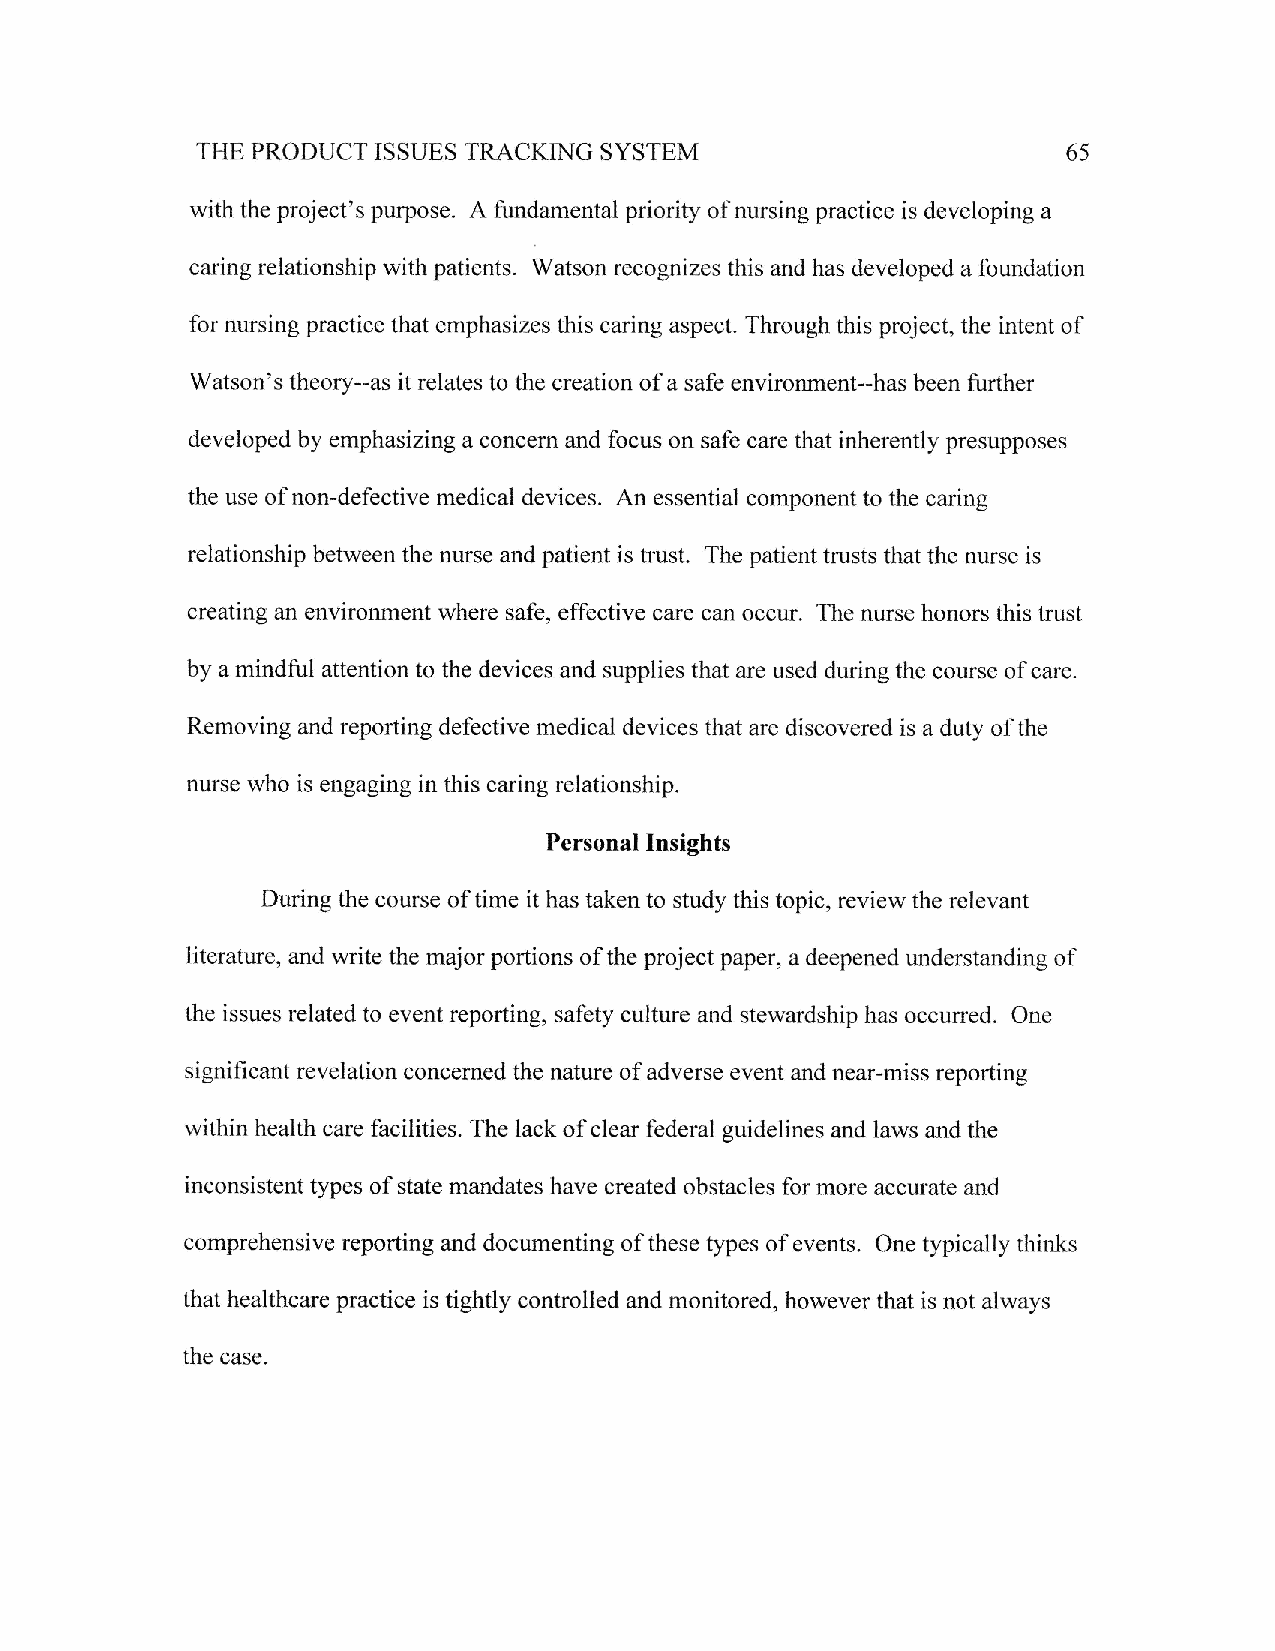
SYSTEM
 THE PRODUCT ISSUES TRACKINC                               65
 with the project's purpose. A fundamental priority of nursing practice is developing a
 caring relationship with patients. Watson recognizes this and has developed a foundation
 for nursing practice that emphasizes this caring aspect. Through this project, the intent of
 Watson's theory--as it relates to the creation of a safe environment--has been further
 developed by emphasizing a concern and focus on safe care that inherently presupposes
 the use of non-defective medical devices. An essential component to the caring
 relationship befween the nllrse and patient is trust. The patient trusts that the nurse is
 creating an environment where safe, effective care can occur. The nurse honors this trust
 by a mindflil attention to the devices and supplies that are used during the course of care.
 Removing and reporting defective medical devices that are discovered is a duty of the
 nurse who is engaging in this cadng relationship.
 Personal Insights
 During the course of time it has taken to study this topic, review the relevant
 literature, and write the major portions of the project paper, a deepened understanding of
 the issues related to event reporting, safety culture and stewardship has occurred. One
 significant revelation concerned the nature of adverse event and near-miss reporting
 within health care facilities. The lack of clear federal guidelines and laws and the
 inconsistent types of state mandates have created obstacles for more accurate and
 comprehensive reporting and documenting of these types of events. One typically thinks
 that healthcare practice is tightly controlled and monitored, however that is not always
 the case.